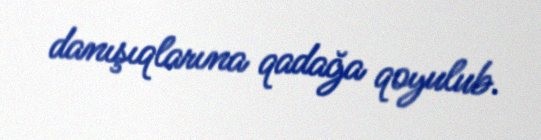
danışıqlarına qadağa qoyulub.